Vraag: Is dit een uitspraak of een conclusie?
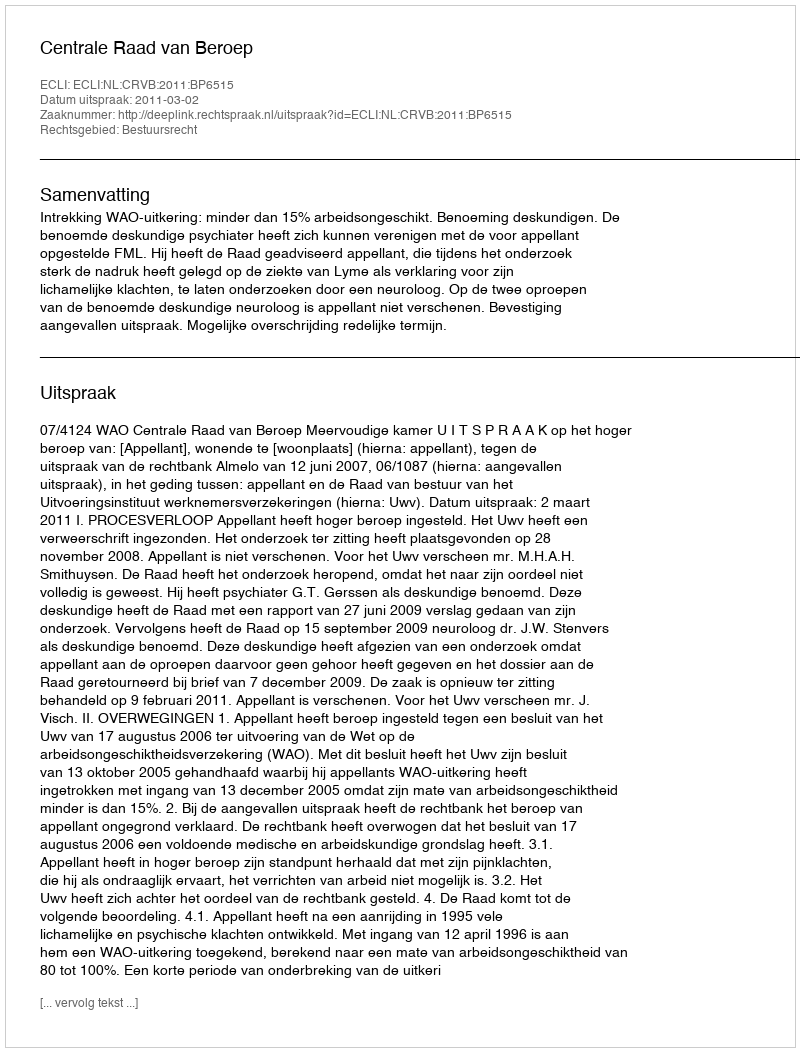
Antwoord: Uitspraak